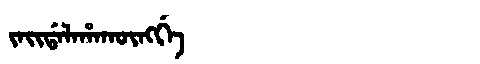
Manchu: ᠵᠠᡳᡩᠠᠯᠠᡥᠠᡴᡡᠩᡤᡝ
Romanization: JAIDALAHAKŪNGGE